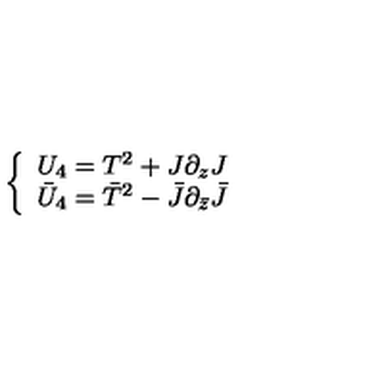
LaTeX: \left\{ \begin{array} { l } { U _ { 4 } = T ^ { 2 } + J \partial _ { z } J } \\ { \bar { U } _ { 4 } = \bar { T } ^ { 2 } - \bar { J } \partial _ { \bar { z } } \bar { J } } \\ \end{array} \right.